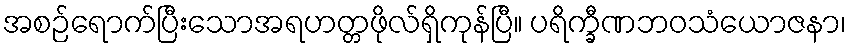
အစဉ်ရောက်ပြီးသောအရဟတ္တဖိုလ်ရှိကုန်ပြီ။ ပရိက္ခီဏဘဝသံယောဇနာ၊